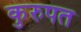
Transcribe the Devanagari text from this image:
कुरुपत